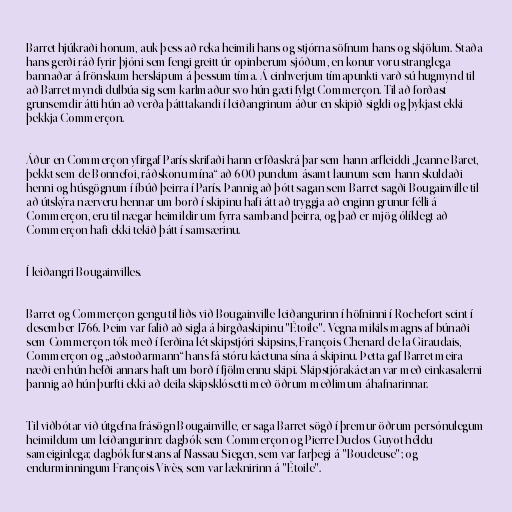
Barret hjúkraði honum, auk þess að reka heimili hans og stjórna söfnum hans og skjölum. Staða
hans gerði ráð fyrir þjóni sem fengi greitt úr opinberum sjóðum, en konur voru stranglega
bannaðar á frönskum herskipum á þessum tíma. Á einhverjum tímapunkti varð sú hugmynd til
að Barret myndi dulbúa sig sem karlmaður svo hún gæti fylgt Commerçon. Til að forðast
grunsemdir átti hún að verða þátttakandi í leiðangrinum áður en skipið sigldi og þykjast ekki
þekkja Commerçon.

Áður en Commerçon yfirgaf París skrifaði hann erfðaskrá þar sem hann arfleiddi „Jeanne Baret,
þekkt sem de Bonnefoi, ráðskonu mína“ að 600 pundum ásamt launum sem hann skuldaði
henni og húsgögnum í íbúð þeirra í París. Þannig að þótt sagan sem Barret sagði Bougainville til
að útskýra nærveru hennar um borð í skipinu hafi átt að tryggja að enginn grunur félli á
Commerçon, eru til nægar heimildir um fyrra samband þeirra, og það er mjög ólíklegt að
Commerçon hafi ekki tekið þátt í samsærinu.

Í leiðangri Bougainvilles.

Barret og Commerçon gengu til liðs við Bougainville-leiðangurinn í höfninni í Rochefort seint í
desember 1766. Þeim var falið að sigla á birgðaskipinu "Étoile". Vegna mikils magns af búnaði
sem Commerçon tók með í ferðina lét skipstjóri skipsins, François Chenard de la Giraudais,
Commerçon og „aðstoðarmann“ hans fá stóru káetuna sína á skipinu. Þetta gaf Barret meira
næði en hún hefði annars haft um borð í fjölmennu skipi. Skipstjórakáetan var með einkasalerni
þannig að hún þurfti ekki að deila skipsklósetti með öðrum meðlimum áhafnarinnar.

Til viðbótar við útgefna frásögn Bougainville, er saga Barret sögð í þremur öðrum persónulegum
heimildum um leiðangurinn: dagbók sem Commerçon og Pierre Duclos-Guyot héldu
sameiginlega; dagbók furstans af Nassau-Siegen, sem var farþegi á "Boudeuse"; og
endurminningum François Vivès, sem var læknirinn á "Étoile".